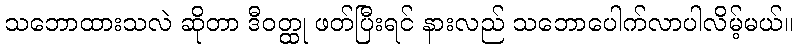
သဘောထားသလဲ ဆိုတာ ဒီဝတ္ထု ဖတ်ပြီးရင် နားလည် သဘောပေါက်လာပါလိမ့်မယ်။